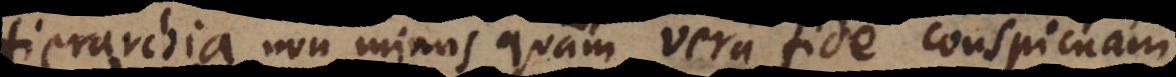
non minus quam vera fide conspicuam